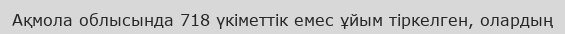
Ақмола облысында 718 үкіметтік емес ұйым тіркелген, олардың